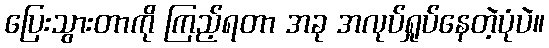
ပြေးသွားတာကို ကြည့်ရတာ အခု အလုပ်ရှုပ်နေတဲ့ပုံပဲ။